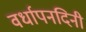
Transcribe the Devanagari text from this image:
वर्धापनदिनी